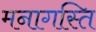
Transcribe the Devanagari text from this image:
मनागस्ति